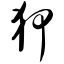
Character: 狎